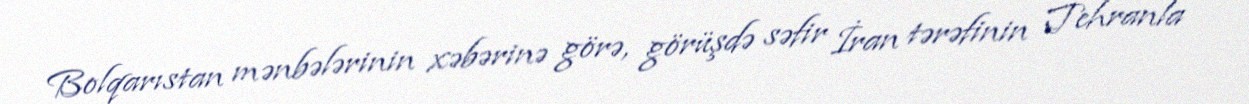
Bolqarıstan mənbələrinin xəbərinə görə, görüşdə səfir İran tərəfinin Tehranla